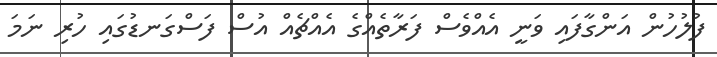
ފުލުހުން އަންގާފައި ވަނީ އެއްވެސް ފަރާތެއްގެ އެއްޗެއް އުސް ފަސްގަނޑުގައި ހުރި ނަމަ